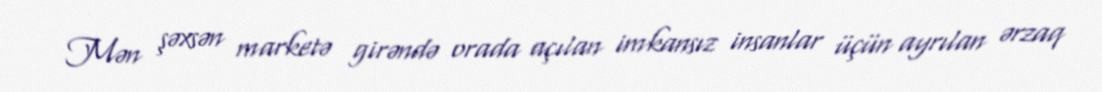
Mən şəxsən marketə girəndə orada açılan imkansız insanlar üçün ayrılan ərzaq